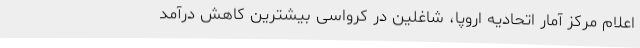
اعلام مرکز آمار اتحادیه اروپا، شاغلین در کرواسی بیشترین کاهش درآمد